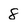
Character: 8